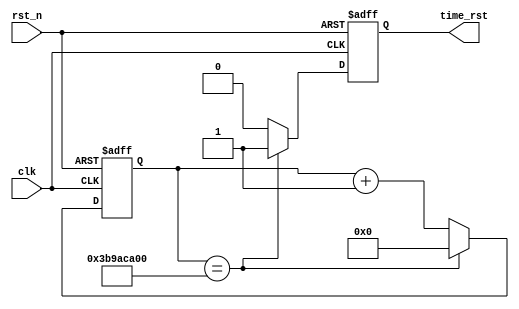
`timescale 1ns / 1ps
//////////////////////////////////////////////////////////////////////////////////
// Company: 
// Engineer: 
// 
// Design Name: 
// Module Name: timer
// Project Name: 
// Target Devices: 
// Tool Versions: 
// Description: 
// 
// Dependencies: 
// 
// Revision:
// Revision 0.01 - File Created
// Additional Comments:
// scale:1-20 secends in 200Mhz
//////////////////////////////////////////////////////////////////////////////////


module timer
#(
parameter REF_CLK = 200,        //reference clock frequency(MHz)
parameter TIME = 5,             // X second(s)
parameter INIT = 1              // X second(s)
)
(
input               clk,
input               rst_n,
output  reg         time_rst
);

parameter DELAY = 2;



//define the time counter
reg [31:0]      timer;     

wire    [31:0]  cycle;
assign  cycle = TIME*REF_CLK*1_000_000;
wire    [31:0]  init_value;
assign  init_value = INIT*REF_CLK*1_000_000;
//===========================================================================
// cycle counter:from 0 to Xsec
//===========================================================================
always @(posedge clk or negedge rst_n)    
begin
  if (~rst_n)begin                           
      timer <=#DELAY init_value;
      time_rst <=#DELAY 0; 
  end                    
  else if (timer == cycle)begin                 
      timer <=#DELAY 32'd0;                     //count done,clearing the time counter
      time_rst <=#DELAY 1;
  end
  else begin
      timer <=#DELAY timer + 1'b1;              //timer counter = timer counter + 1
      time_rst <=#DELAY 0;
  end
end

endmodule